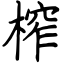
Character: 榨